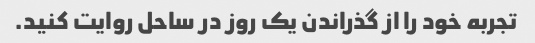
تجربه خود را از گذراندن یک روز در ساحل روایت کنید.